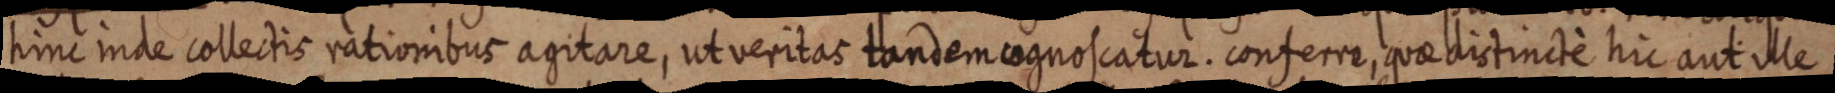
hinc inde collectis rationibus agitare, ut veritas tandem cognoscatur. conferre, quae distincte hic aut ille